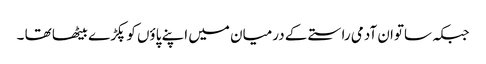
جبکہ ساتوان آدمی راستے کے درمیان میں اپنے پاؤں کو پکڑے بیٹھا تھا ۔